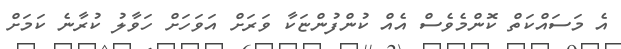
އެ މަސައްކަތް ކޮންމެވެސް އެއް ކުންފުންޏަކާ ވަރަށް އަވަހަށް ހަވާލު ކުރާނެ ކަމަށް